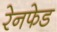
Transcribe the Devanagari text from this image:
रेनफेड